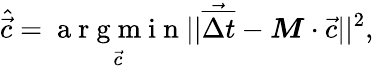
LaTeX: \hat{\vec{c}}=\underset{\vec{c}}{\mathrm{~a~r~g~m~i~n~}}||\vec{\overline{{\Delta t}}}-\boldsymbol{M}\cdot\vec{c}||^{2},